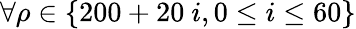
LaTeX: \forall\rho\in\{ 200+20\ i,0\le i\le 60\}